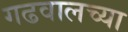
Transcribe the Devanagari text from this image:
गढवालच्या